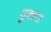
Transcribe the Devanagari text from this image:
तुकाना